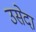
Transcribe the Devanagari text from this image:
उसेदा